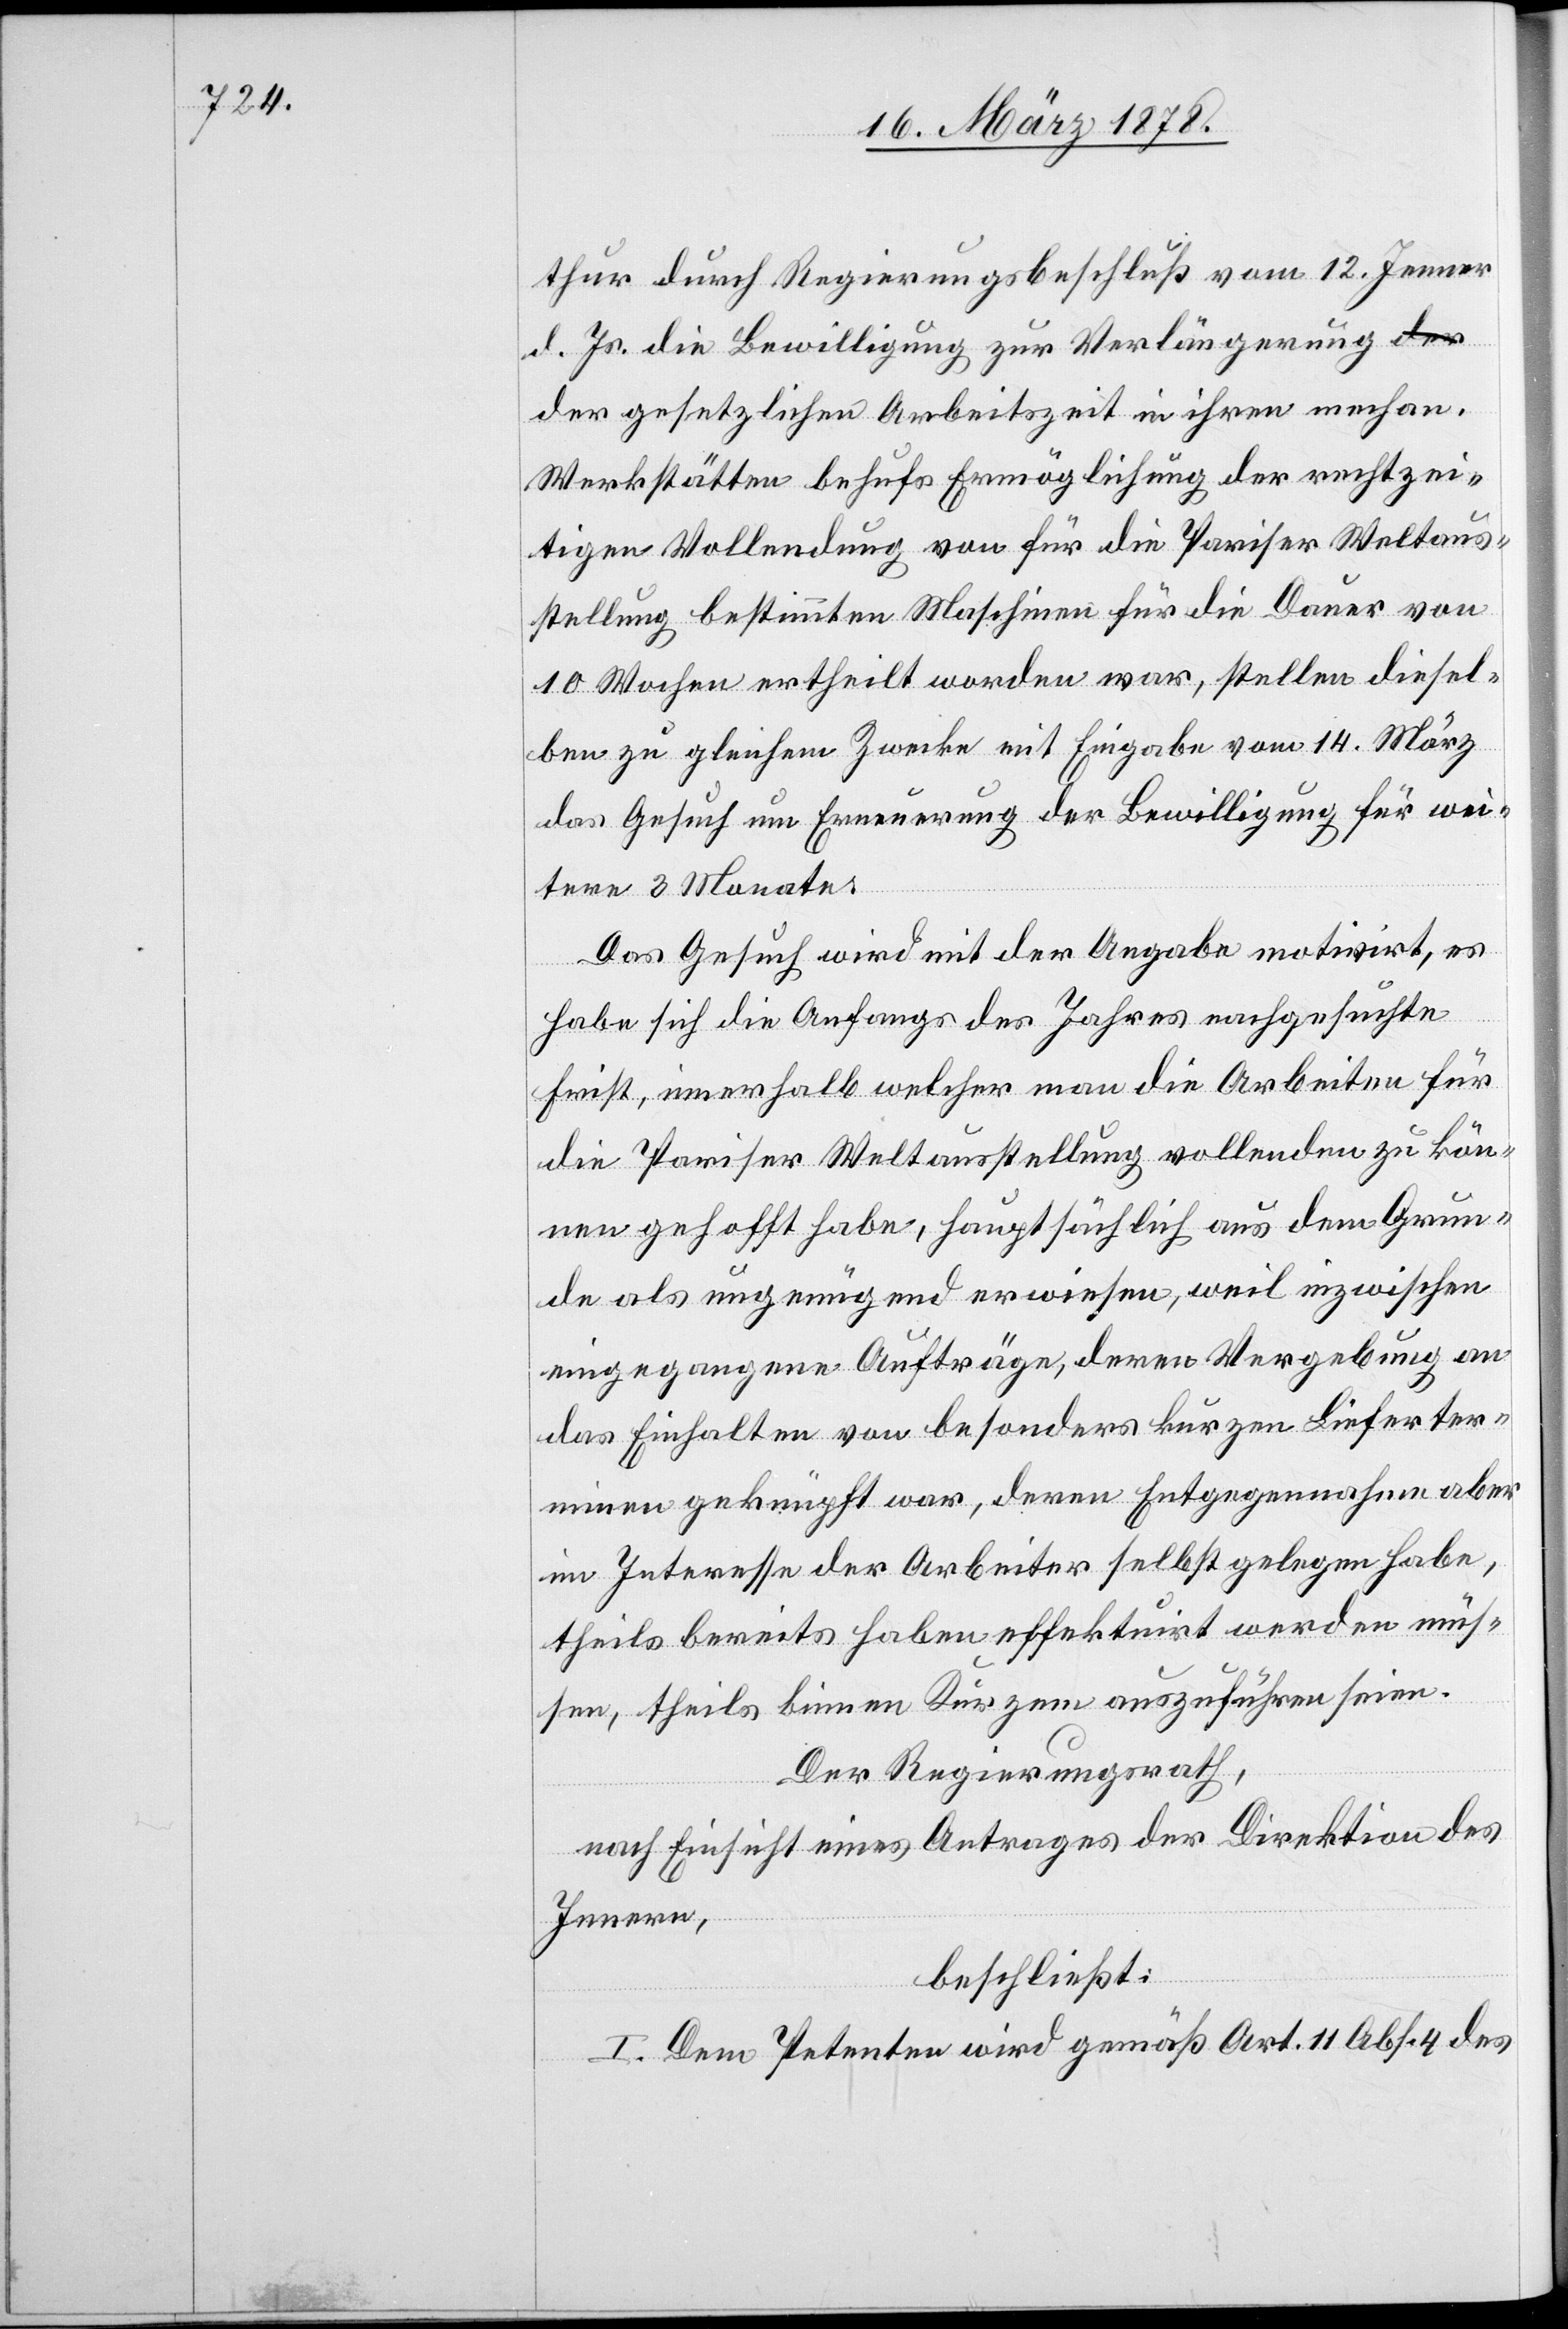
thur durch Regierungsbeschluß vom 12. Jenner
d. Js. die Bewilligung zur Verlängerung d¬
er gesetzlichen Arbeitszeit in ihren mechanischen
Werkstätten behufs Ermöglichung der rechtzei¬
tigen Vollendung von für die Pariser Weltaus¬
stellung bestimmten Maschinen für die Dauer von
10 Wochen ertheilt worden war, stellen diesel¬
ben zu gleichem Zwecke mit Eingabe vom 14. März
das Gesuch um Erneuerung der Bewilligung für wei¬
tere 3 Monate:
Das Gesuch wird mit der Angabe motivirt, es
habe sich die Anfangs des Jahres nachgesuchte
Frist, innerhalb welcher man die Arbeiten für
die Pariser Weltausstellung vollenden zu kön¬
nen gehofft habe, hauptsächlich aus dem Grun¬
de als ungenügend erwiesen, weil inzwischen
eingegangene Aufträge, deren Vergebung an
das Einhalten von besonders kurzen Lieferter¬
minen geknüpft war, deren Entgegennahme aber
im Interesse der Arbeiter selbst gelegen habe,
theils bereits haben effektuirt werden müs¬
sen, theils binnen Kurzem auszuführen seien.
Der Regierungsrath,
nach Einsicht eines Antrages der Direktion des
Innern,
beschließt:
I. Dem Petenten wird gemäß Art. 11 Abs. 4 des